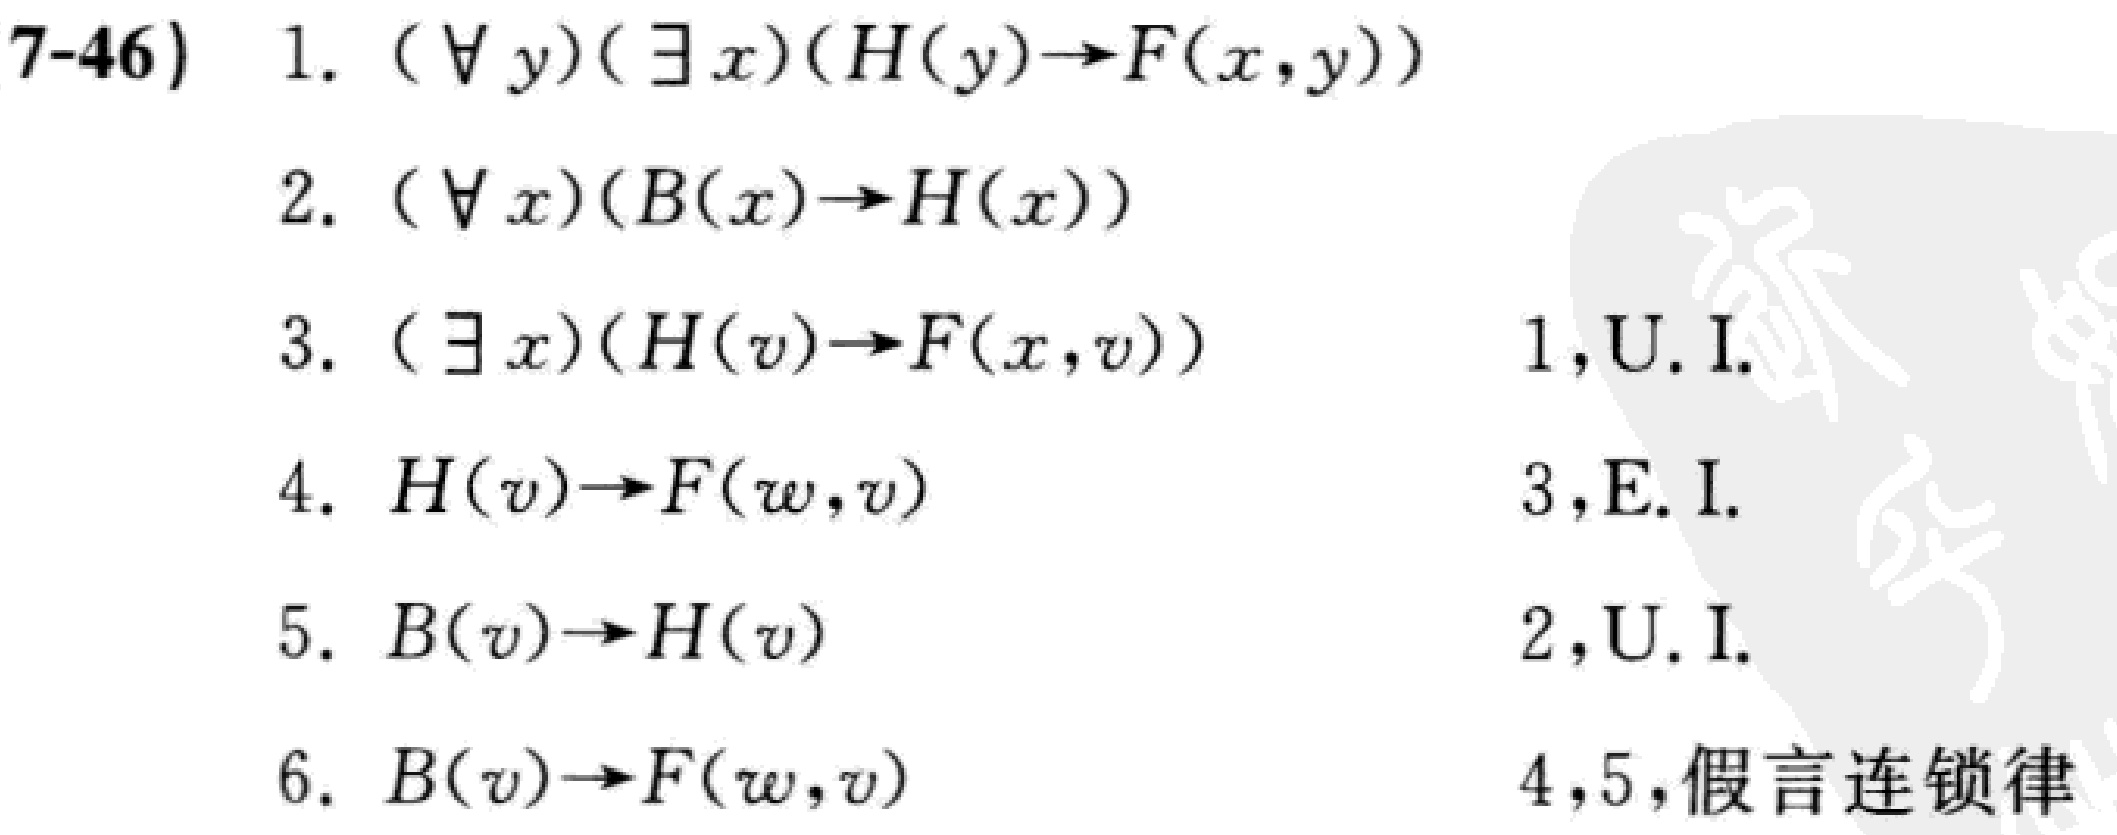
\begin{align*}
&7\text{-}46)\quad1.\ (\forall y)(\exists x)(H(y)\to F(x,y))\\
&2.\ (\forall x)(B(x)\to H(x))\\
&3.\ (\exists x)(H(v)\to F(x,v))\quad\quad\quad\quad\quad1,\text{U.I.}\\
&4.\ H(v)\to F(w,v)\quad\quad\quad\quad\quad\quad\ 3,\text{E.I.}\\
&5.\ B(v)\to H(v)\quad\quad\quad\quad\quad\quad\quad2,\text{U.I.}\\
&6.\ B(v)\to F(w,v)\quad\quad\quad\quad\quad\quad\ 4,5,\text{假言连锁律}
\end{align*}